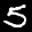
Label: 5